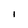
Character: I